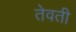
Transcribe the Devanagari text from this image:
तेवती